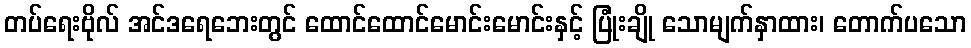
တပ်ရေးဗိုလ် အင်ဒရေဘေးတွင် ထောင်ထောင်မောင်းမောင်းနှင့် ပြုံးချို သောမျက်နှာထား၊ တောက်ပသော